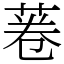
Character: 菤